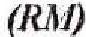
(RM)